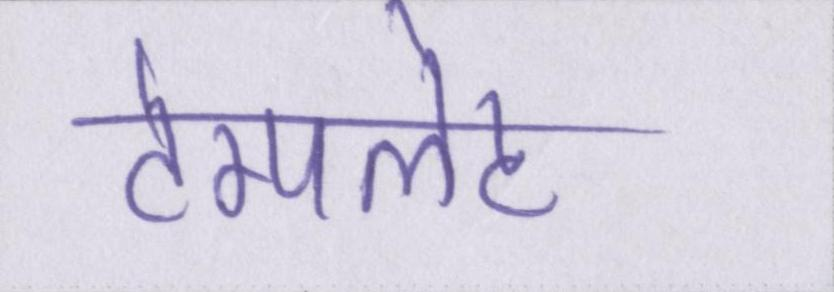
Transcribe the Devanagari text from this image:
टेम्पलेट